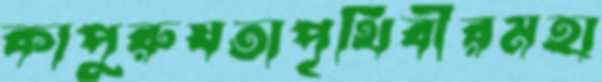
কাপুরুষতাপৃথিবীরমহা